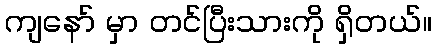
ကျနော် မှာ တင်ပြီးသားကို ရှိတယ်။